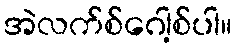
အဲလက်စ်ဂေါ့စ်ပါ။